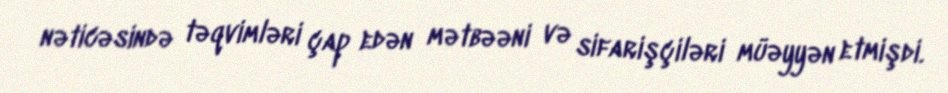
nəticəsində təqvimləri çap edən mətbəəni və sifarişçiləri müəyyən etmişdi.